Tartu_linnavalitsus, lk 109
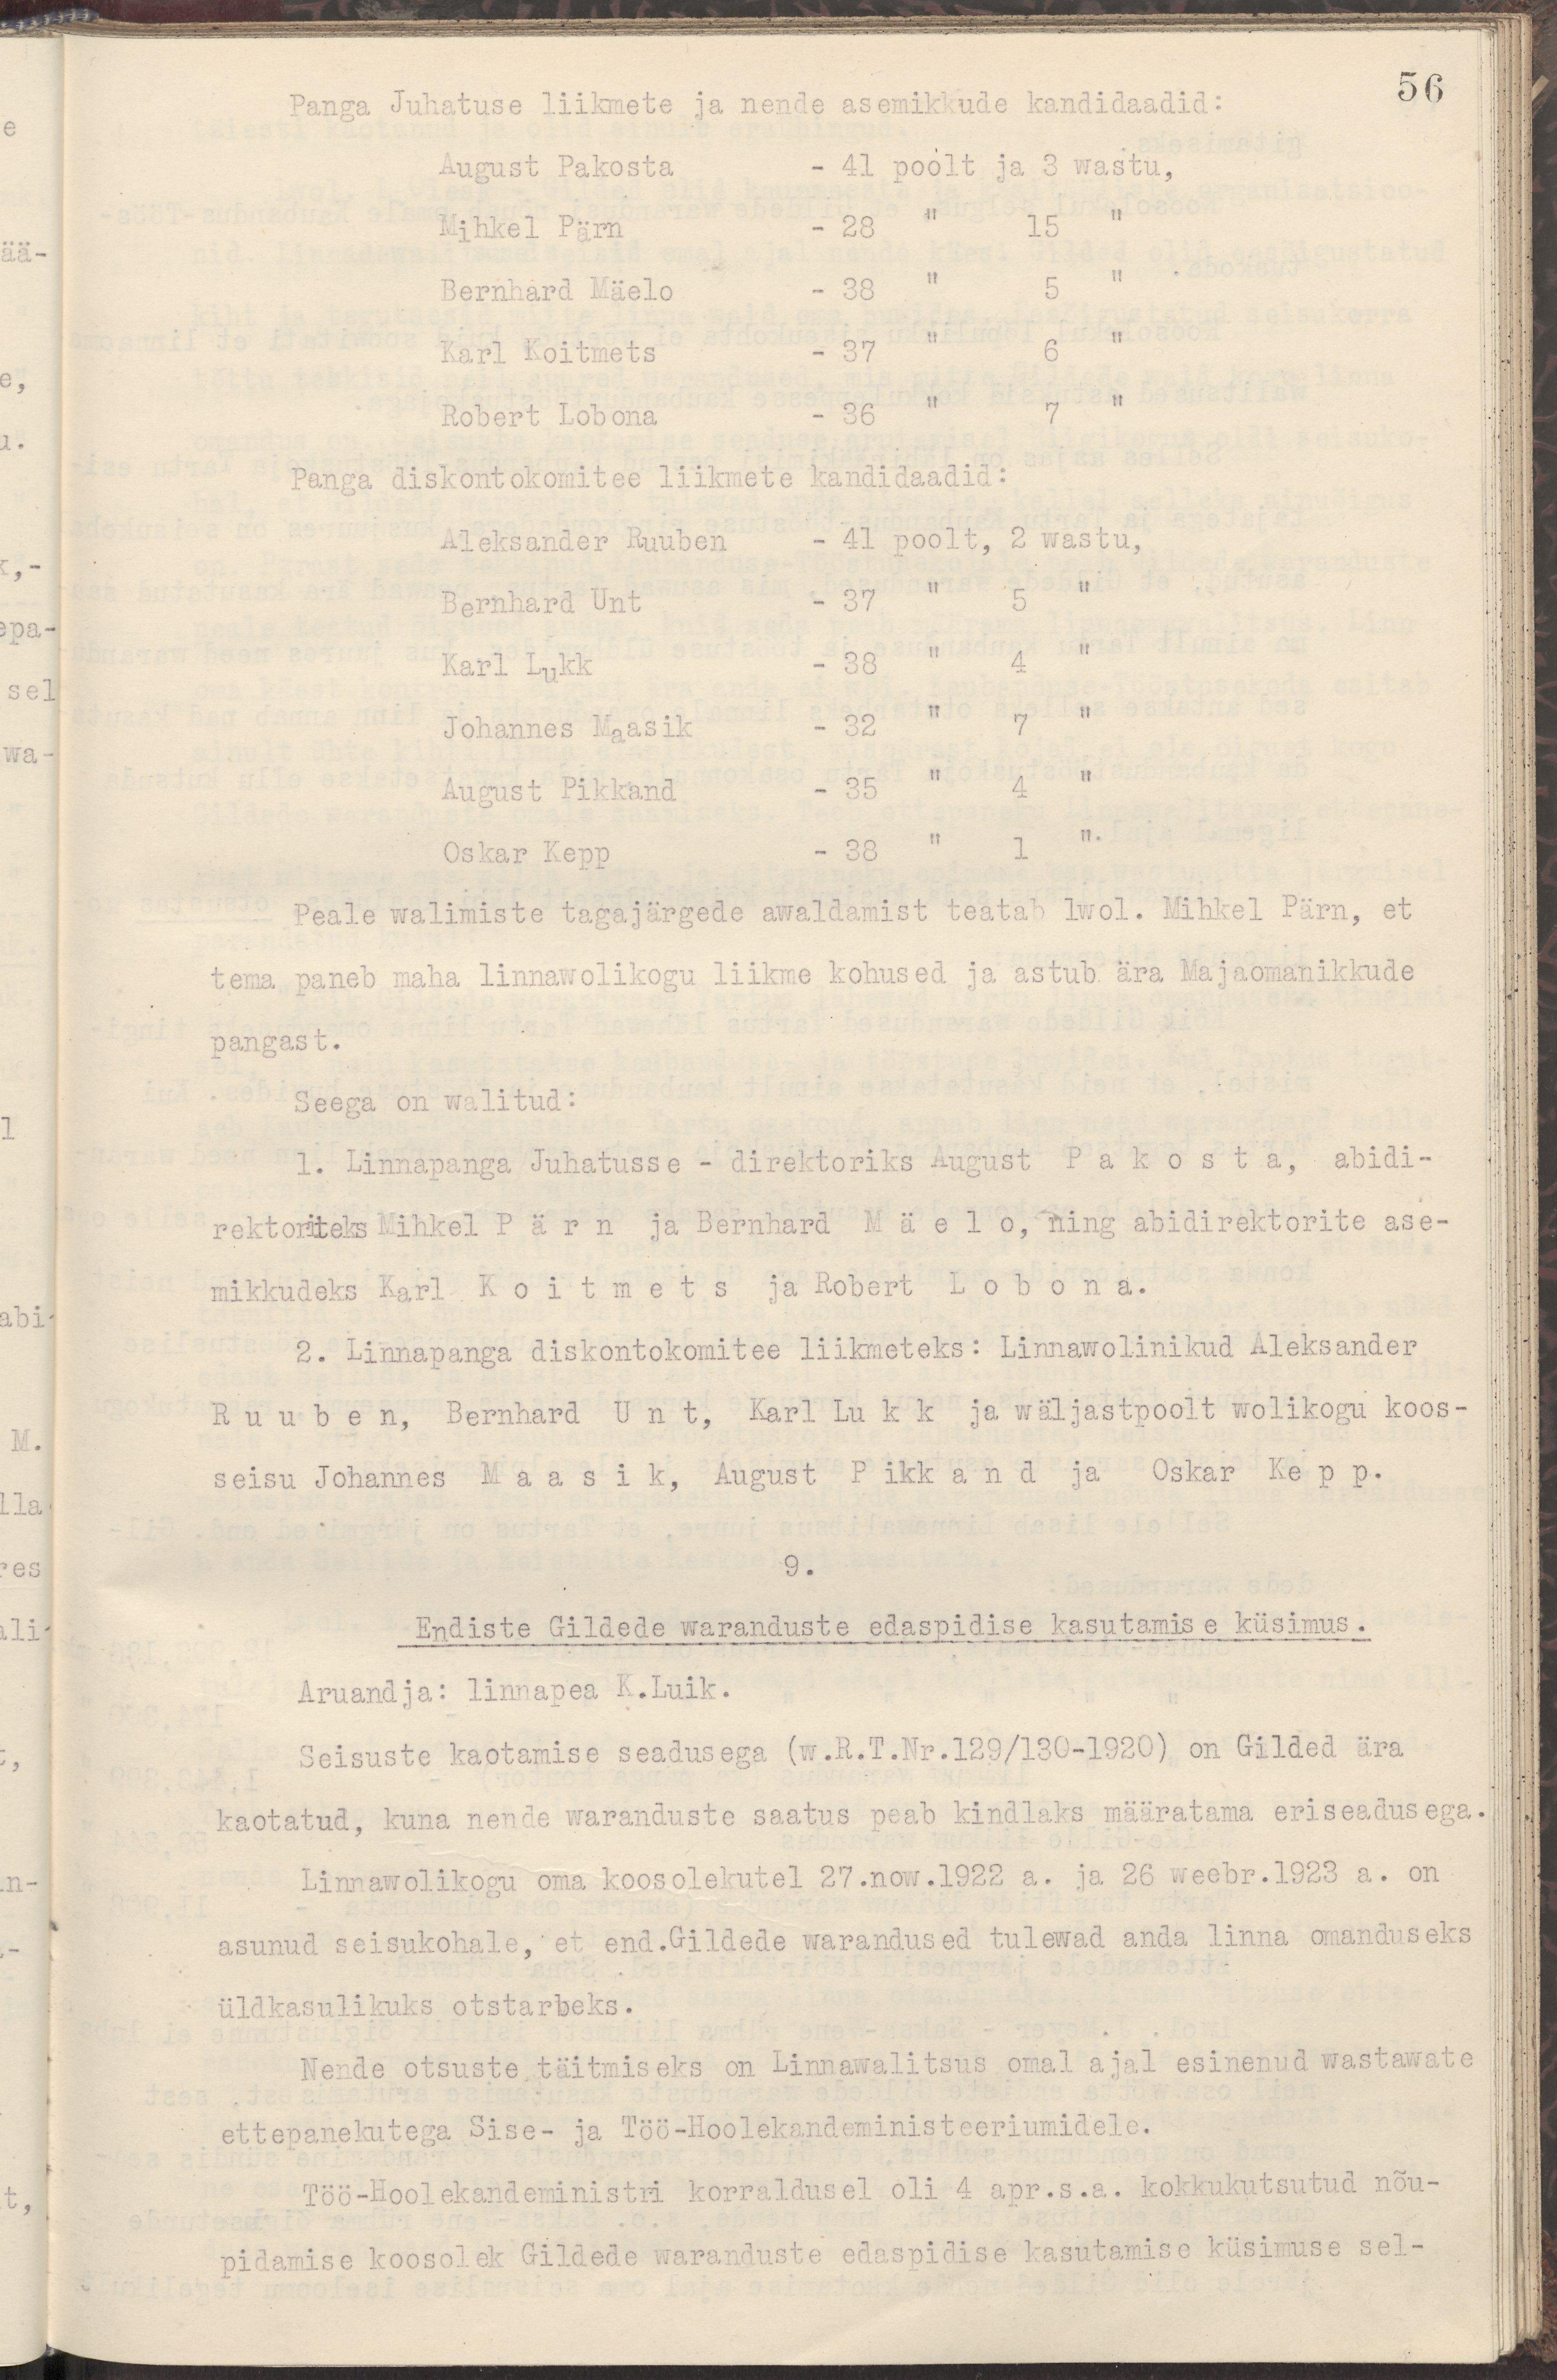
56
Panga Juhatuse liikmete ja nende asemikkude kandidaadid:
August Pakosta  - 41 poolt ja 3 wastu,
Mihkel Pärn  - 28 " 15 "
Bernhard Mäelo  - 38 " 5 "
Karl Koitmets  - 37 " 6 "
Robert Lobona  - 36 " 7 "
Panga diskontokomitee liikmete kandidaadid:
Aleksander Ruuben  - 41 poolt, 2 wastu,
Bernhard Unt  - 37 " 5 "
Karl Lukk  - 38 " 4 "
Johannes Maasik  - 32 " 7 "
August Pikkand  - 35 " 4 "
Oskar Kepp  - 38 " 1 "
Peale walimiste tagajärgede awaldamist teatab lwol. Mihkel Pärn, et
tema paneb maha linnawolikogu liikme kohused ja astub ära Majaomanikkude
pangast.
Seega on walitud:
1. Linnapanga Juhatusse - direktoriks August Pakosta, abidi-
rektoriteks Mihkel Pärn ja Bernhard Mäelo, ning abidirektorite ase-
mikkudeks Karl Koitmets ja Robert Lobona.
2. Linnapanga diskontokomitee liikmeteks: Linnawolinikud Aleksander
Ruuben, Bernhard Unt, Karl Lukk ja wäljastpoolt wolikogu koos-
seisu Johannes Maasik, August Pikkand ja Oskar Kepp.
9.
Endiste Gildede waranduste edaspidise kasutamise küsimus.
Aruandja: linnapea K. Luik.
Seisuste kaotamise seadusega (w.R.T.Nr.129/130-1920) on Gilded ära
kaotatud, kuna nende waranduse saatus peab kindlaks määratama eriseadusega.
Linnawolikogu oma koosolekutel 27. now. 1922 a. ja 26 weebr. 1923 a. on
asunud seisukohale, et end.Gildede warandused tulewad anda linna omanduseks
üldkasulikuks otstarbeks.
Nende otsuste täitmiseks on Linnawalitsus omal ajal esinenud wastawate
ettepanekutega Sise- ja Töö-Hoolekandeministeeriumidele.
Töö-Hoolekandeministri korraldusel oli 4 apr.s.a. kokkukutsutud nõu-
pidamise koosolek Gildide waranduste edaspidise kasutamise küsimuse se-